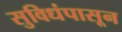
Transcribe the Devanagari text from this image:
सुविधंपासून